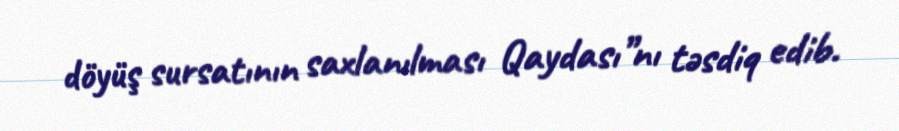
döyüş sursatının saxlanılması Qaydası”nı təsdiq edib.